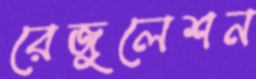
রেজুলেশন